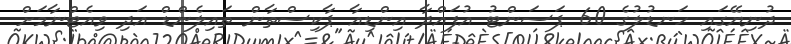
ދުނިޔޭގައި ހަނޑުލުގެ 60 ޕަސަންޓު އުފައްދާ އިންޑިއާ ޕާކިސްތާން ތައިލެންޑް އަދި ވިއެޓްނާމަށް